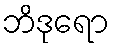
ဘိဒုရော